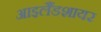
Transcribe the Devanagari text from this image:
आइलैंडशायर